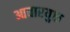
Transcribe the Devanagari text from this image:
आचारयुक्त